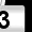
Digit: 3